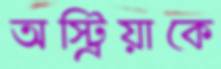
অস্ট্রিয়াকে